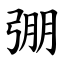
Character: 弸